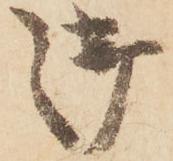
御